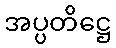
အပ္ပတိဋ္ဌေ